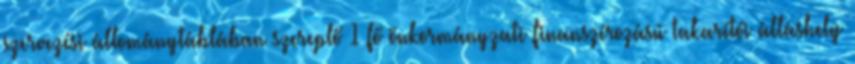
szervezési állománytáblában szereplő 1 fő önkormányzati finanszírozású takarítói álláshely